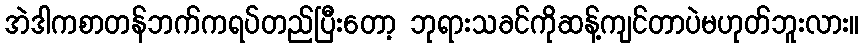
အဲဒါကစာတန်ဘက်ကရပ်တည်ပြီးတော့ ဘုရားသခင်ကိုဆန့်ကျင်တာပဲမဟုတ်ဘူးလား။